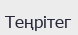
Теңрітег